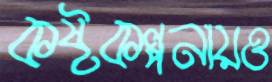
কষ্টকল্পনায়ও